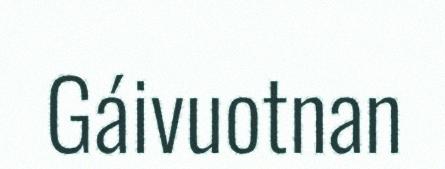
Gáivuotnan